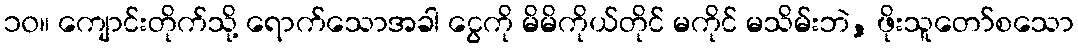
၁၀။ ကျောင်းတိုက်သို့ ရောက်သောအခါ ငွေကို မိမိကိုယ်တိုင် မကိုင် မသိမ်းဘဲ, ဖိုးသူတော်စသော